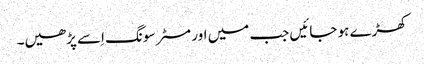
کھڑے ہو جائیں جب میں اور مسٹر سونگ اِسے پڑھیں۔